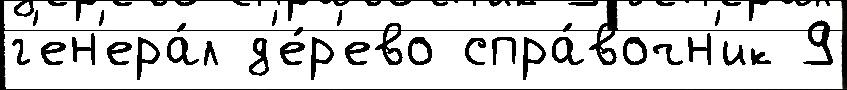
г'ен'ера́л д'е́р'ево спра́вочн'ик 9